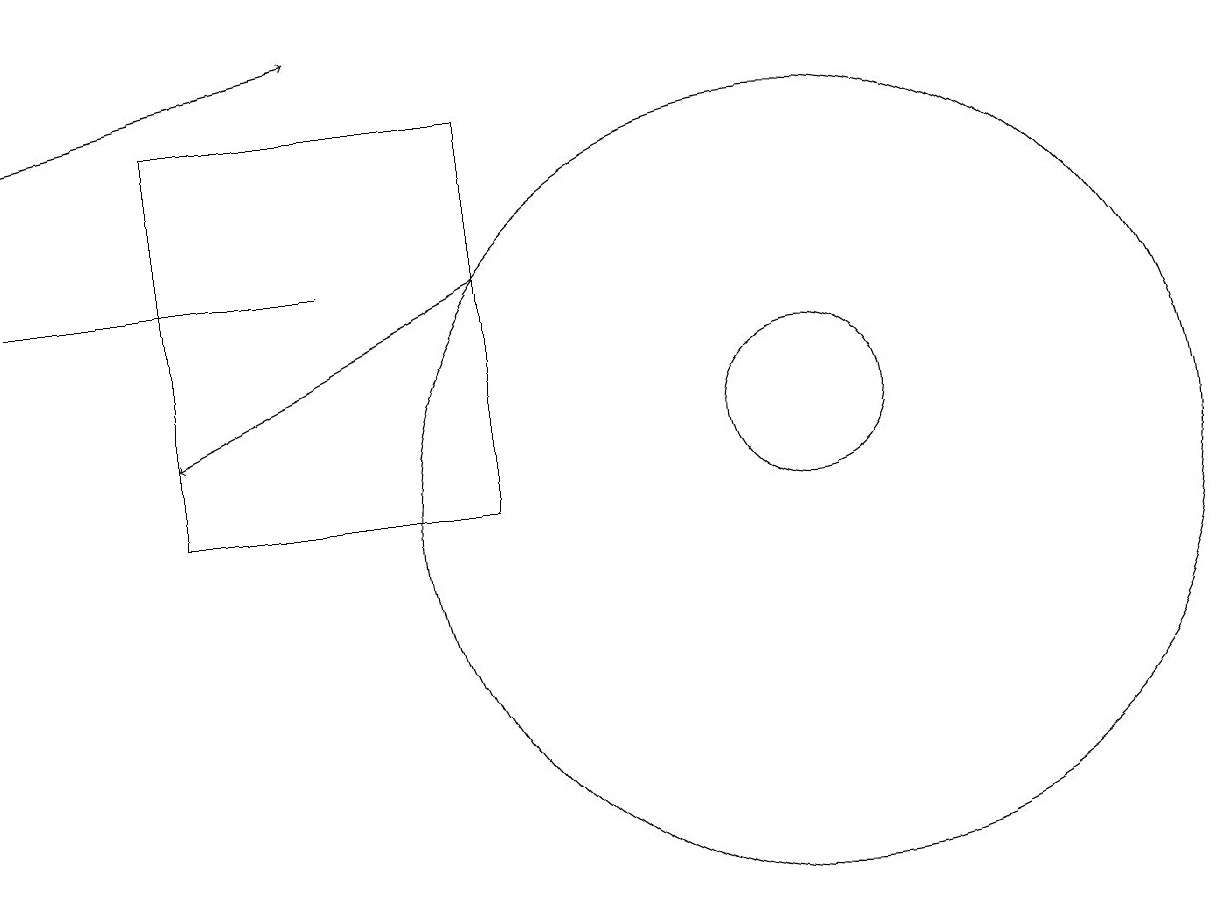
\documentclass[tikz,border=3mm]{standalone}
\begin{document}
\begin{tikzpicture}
\draw[->] (6,14) -- (2,12);
\draw[->] (0,16) -- (4,17);
\draw (0,14) rectangle (4,14);
\draw (10,12) circle (1);
\draw (10,11) circle (5);
\draw (6,16) rectangle (2,11);
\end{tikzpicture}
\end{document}